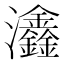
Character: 𤅺